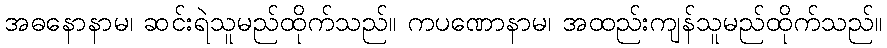
အဓနောနာမ၊ ဆင်းရဲသူမည်ထိုက်သည်။ ကပဏောနာမ၊ အထည်းကျန်သူမည်ထိုက်သည်။